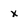
Character: x